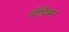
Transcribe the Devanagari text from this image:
नोर्डिक्स